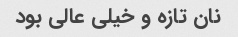
نان تازه و خیلی عالی بود